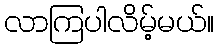
လာကြပါလိမ့်မယ်။